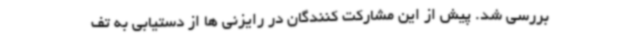
بررسی شد. پیش از این مشارکت کنندگان در رایزنی ها از دستیابی به تف